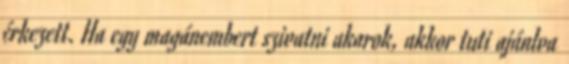
érkezett. Ha egy magánembert szivatni akarok, akkor tuti ajánlva